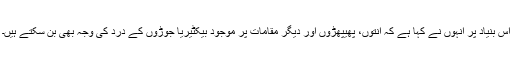
اس بنیاد پر انہوں نے کہا ہے کہ آنتوں، پھیپھڑوں اور دیگر مقامات پر موجود بیکٹیریا جوڑوں کے درد کی وجہ بھی بن سکتے ہیں۔